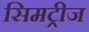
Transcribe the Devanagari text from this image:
सिमट्रीज